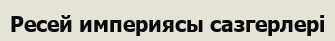
Ресей империясы сазгерлері